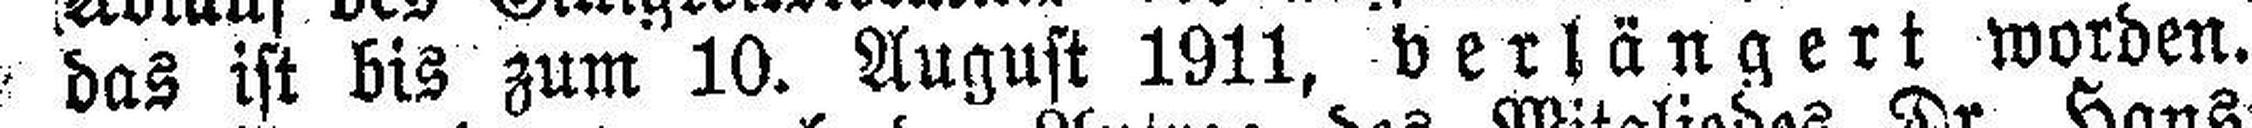
das ist bis zum 10. August 1911, verlängert worden.